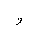
Letter: _waw